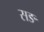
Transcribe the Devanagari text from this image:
सङ